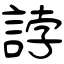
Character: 誖